Leaving Certificate Examination (including Day School Certificate (Higher) General paper), 1936
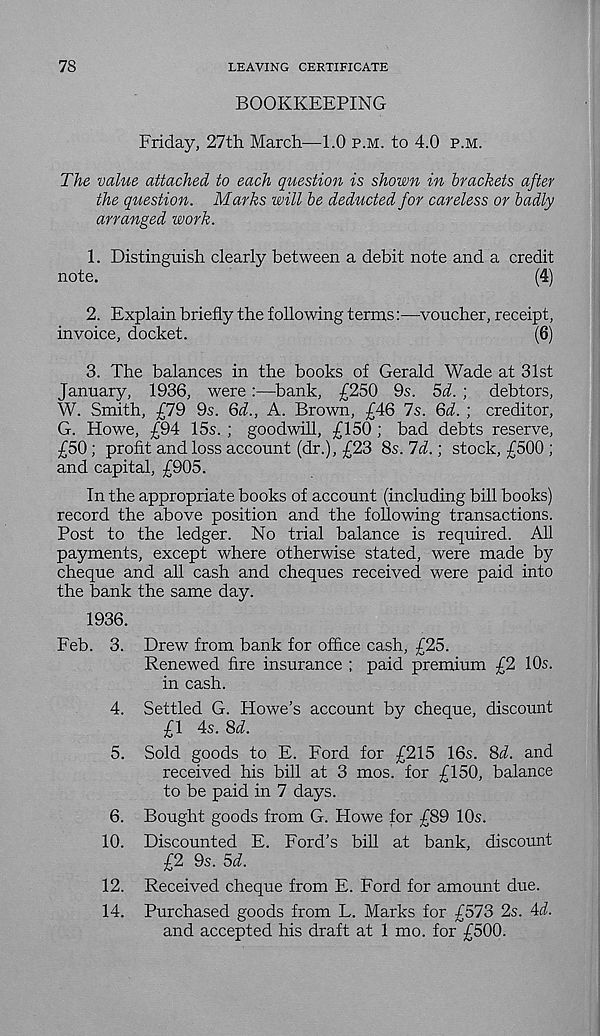
78
LEAVING CERTIFICATE
BOOKKEEPING
Friday, 27th March—1.0 p.m. to 4.0 p.m.
The value attached to each question is shown in brackets after
the question. Marks will be deducted for careless or badly
arranged work.
1. Distinguish clearly between a debit note and a credit
note.
(4)
2. Explain briefly the following terms:—voucher, receipt,
invoice, docket.
(6)
3. The balances in the books of Gerald Wade at 31st
January, 1936, were:—bank, £250 9s. 5d. ; debtors,
W. Smith, £79 9s. 6d., A. Brown, £46 7s. Qd. ; creditor,
G. Howe, £94 15s. ; goodwill, £150 ; bad debts reserve,
£50 ; profit and loss account (dr.), £23 8s. Id.; stock, £500 ;
and capital, £905.
In the appropriate books of account (including bill books)
record the above position and the following transactions.
Post to the ledger. No trial balance is required. All
payments, except where otherwise stated, were made by
cheque and all cash and cheques received were paid into
the bank the same day.
1936.
Feb. 3. Drew from bank for office cash, £25.
Renewed fire insurance ; paid premium £2 10s.
in cash.
4. Settled G. Howe’s account by cheque, discount
£1 4s. 8d.
5. Sold goods to E. Ford for £215 16s. 8d. and
received his bill at 3 mos. for £150, balance
to be paid in 7 days.
6. Bought goods from G. Howe for £89 10s.
10. Discounted E. Ford’s bill at bank, discount
£2 9s. 5d.
12. Received cheque from E. Ford for amount due.
14. Purchased goods from L. Marks for £573 2s. 4i.
and accepted his draft at 1 mo. for £500.